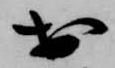
於